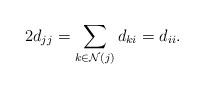
LaTeX: \begin{align*}2d_{jj} = \sum_{k\in\mathcal{N}(j)} d_{ki} = d_{ii}.\end{align*}